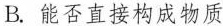
B.能否直接构成物质